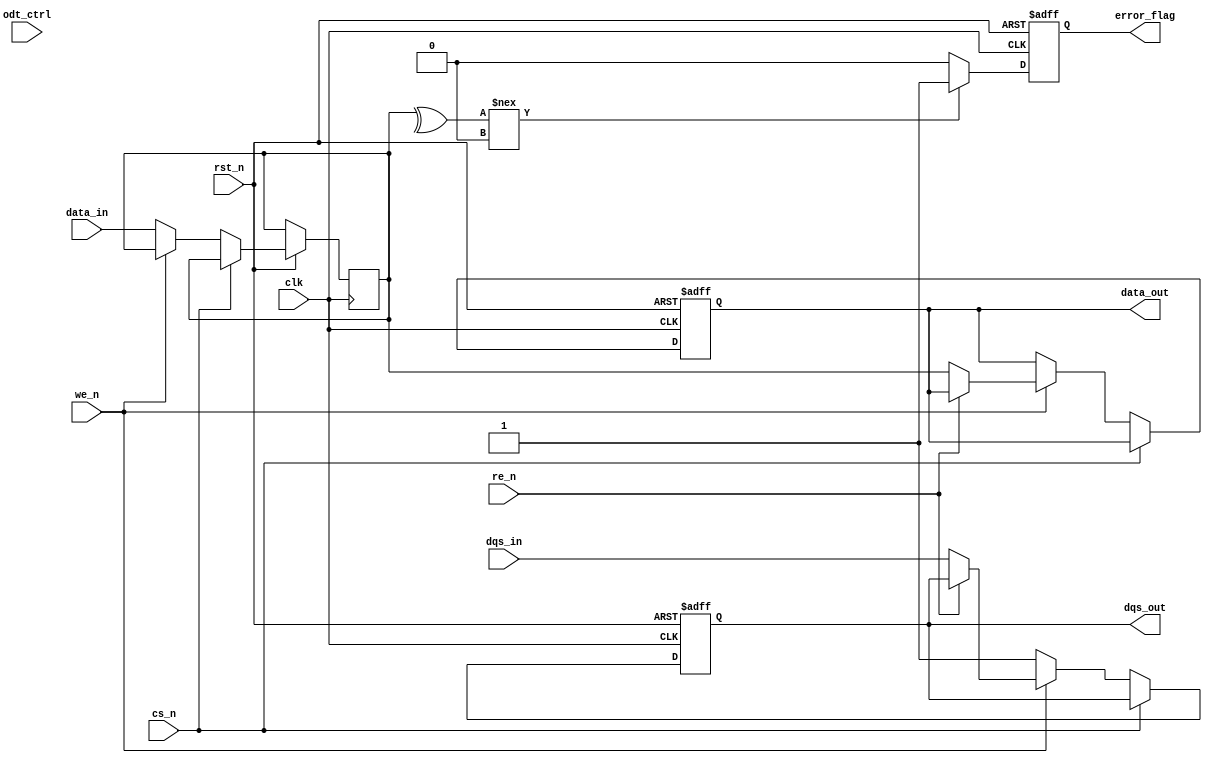
module gddr5_io_block (
    input wire clk,             // Clock input from memory controller
    input wire rst_n,           // Active low reset signal
    input wire [31:0] data_in,  // Data input from memory controller
    output reg [31:0] data_out, // Data output to memory controller
    input wire dqs_in,          // DQS input during read operations
    output reg dqs_out,         // DQS output during write operations
    input wire cs_n,            // Chip select (active low)
    input wire we_n,            // Write enable (active low)
    input wire re_n,            // Read enable (active low)
    output reg error_flag,      // Error flag for data integrity
    input wire [3:0] odt_ctrl   // On-die termination control
);

    reg [31:0] data_buffer;     // Buffer for data storage
    reg [3:0] dqs_buffer;       // Buffer for DQS signals
    reg [3:0] odt_status;       // Status of ODT control

    // Clock management and data transfer
    always @(posedge clk or negedge rst_n) begin
        if (!rst_n) begin
            data_out <= 32'b0;
            dqs_out <= 1'b0;
            error_flag <= 1'b0;
            odt_status <= 4'b0;
        end else begin
            // Handle read and write operations
            if (!cs_n) begin // Chip select is active
                if (!we_n) begin // Write operation
                    data_buffer <= data_in;
                    dqs_out <= 1'b1; // Enable DQS output
                end else if (!re_n) begin // Read operation
                    data_out <= data_buffer; // Output stored data
                    dqs_out <= dqs_in; // Use input DQS for synchronization
                end
            end

            // Error detection (simple parity check for demonstration)
            if (^data_buffer !== 1'b0) begin
                error_flag <= 1'b1; // Set error flag if data has parity error
            end else begin
                error_flag <= 1'b0;
            end

            // ODT control
            odt_status <= odt_ctrl; // Update ODT status based on control signals
        end
    end

    // Write leveling and training (placeholder for actual implementation)
    // This section would typically include logic for adjusting DQS timing
    // based on feedback from the memory interface.

endmodule